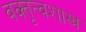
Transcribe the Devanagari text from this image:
वक्‍तृत्वशास्त्र